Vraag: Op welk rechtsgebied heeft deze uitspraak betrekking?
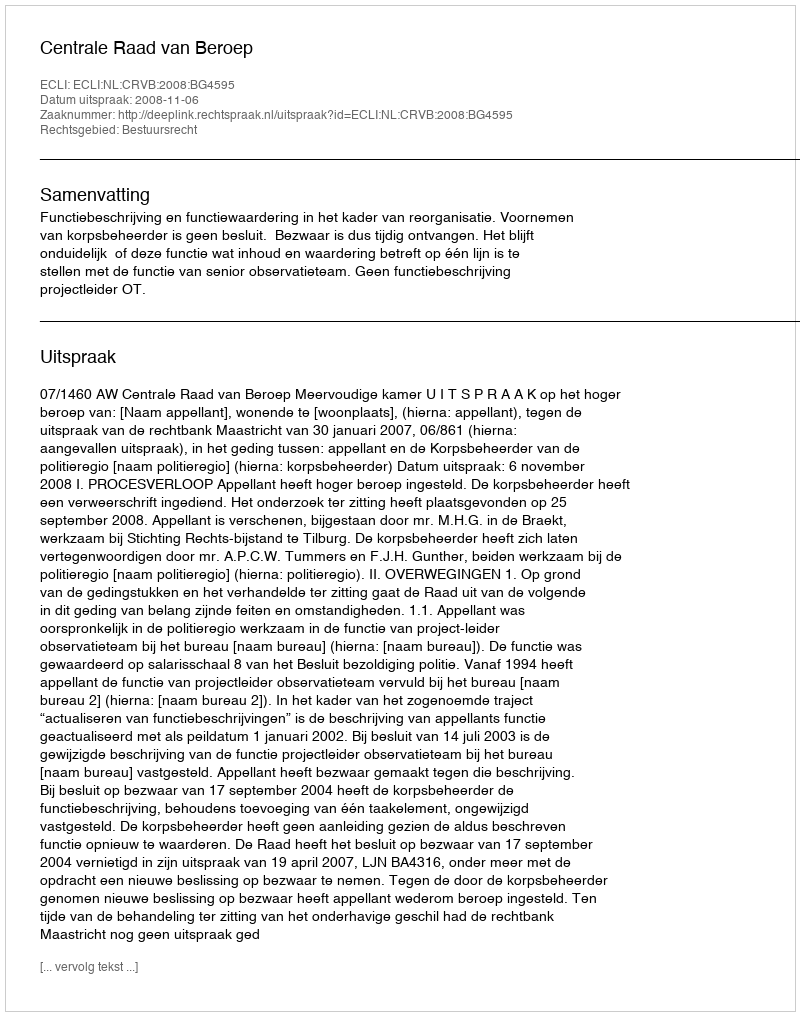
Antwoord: Bestuursrecht